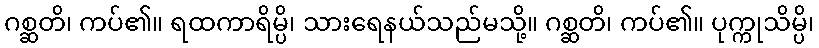
ဂစ္ဆတိ၊ ကပ်၏။ ရထကာရိမ္ပိ၊ သားရေနယ်သည်မသို့။ ဂစ္ဆတိ၊ ကပ်၏။ ပုက္ကုသိမ္ပိ၊